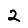
Digit: 2